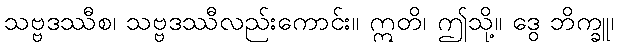
သဗ္ဗဒဿီစ၊ သဗ္ဗဒဿီလည်းကောင်း။ ဣတိ၊ ဤသို့။ ဒွေ ဘိက္ခူ၊